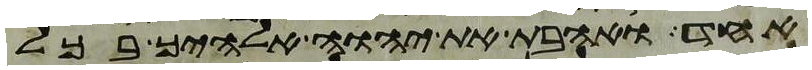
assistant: אחד ואהבת את יהוה אלהיך בכל